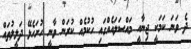
ދެ ވަނަ ކަމަކީ ޖިނާއީ މައްސަލައެއްގައި ހުކުމެއް ކުރަން ވާނީ ހުށަހެޅޭ ދަލީލުތައް